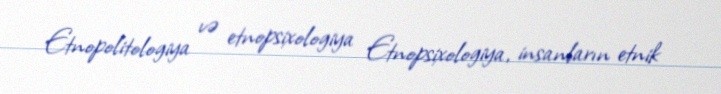
Etnopolitologiya və etnopsixologiya Etnopsixologiya, insanların etnik